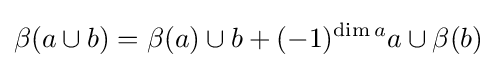
\beta (a\cup b)=\beta (a)\cup b+(-1)^{\dim a}a\cup \beta (b)